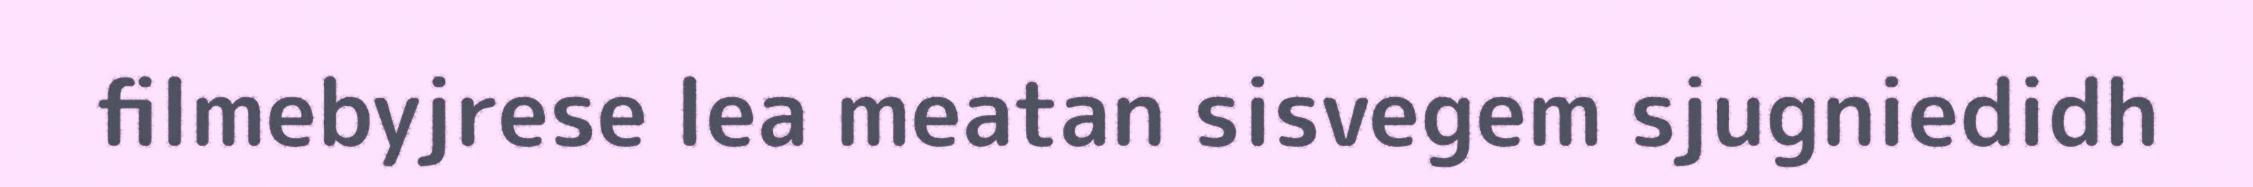
filmebyjrese lea meatan sisvegem sjugniedidh